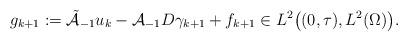
LaTeX: \begin{align*} g_{k+1} := \tilde{\mathcal{A}}_{-1} u_{k} - \mathcal{A}_{-1} D \gamma_{k+1} + f_{k+1} \in L^{2}\big((0, \tau), L^{2}(\Omega)\big). \end{align*}